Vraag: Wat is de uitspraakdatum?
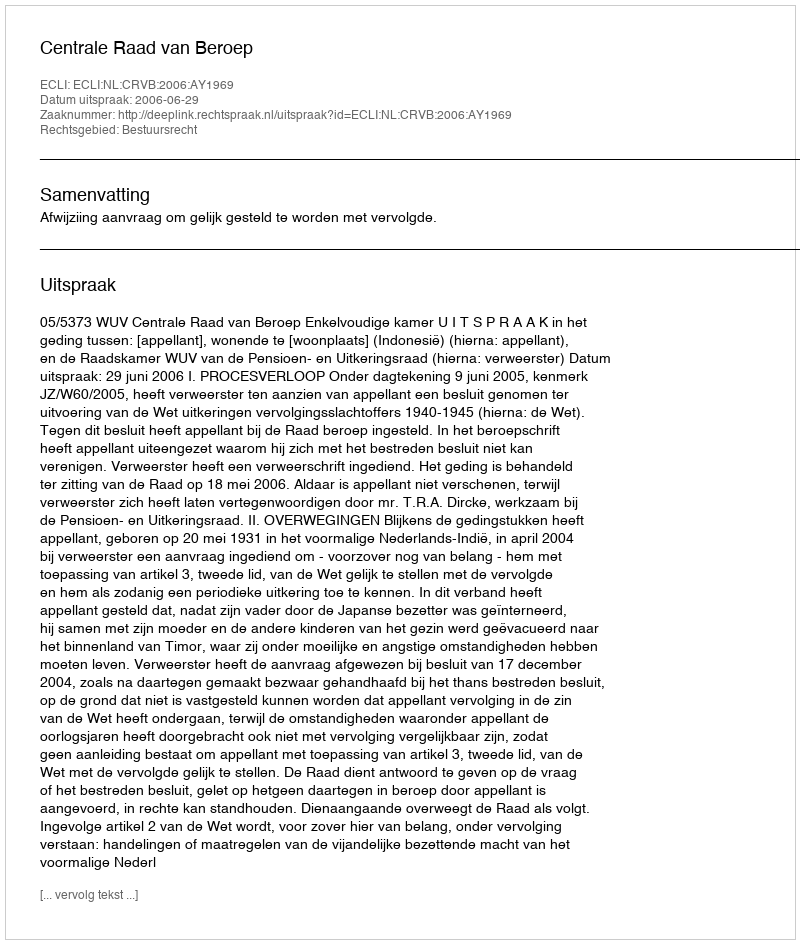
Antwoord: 2006-06-29